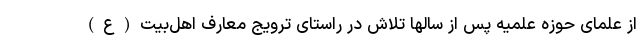
از علمای حوزه علمیه پس از سالها تلاش در راستای ترویج معارف اهل‌بیت(ع)